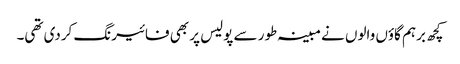
کچھ برہم گاؤں والوں نے مبینہ طور سے پولیس پر بھی فائیرنگ کردی تھی۔